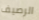
الرصيف